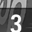
Digit: 3